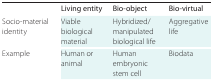
<table><thead><tr><td></td><td><b>Living entity</b></td><td><b>Bio-object</b></td><td><b>Bio-virtual</b></td></tr></thead><tbody><tr><td><b>Socio-material identity</b></td><td>Viable biological material</td><td>Hybridized/manipulated biological life</td><td>Aggregative life</td></tr><tr><td><b>Example</b></td><td>Human or animal</td><td>Human embryonic stem cell</td><td>Biodata</td></tr></tbody></table>